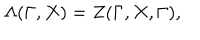
\Lambda ( \Gamma , X ) = Z ( \Gamma , X , \Gamma ) ,